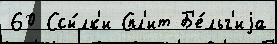
60 Ссы́лк'и Спл'ит Б'е́льг'иjа